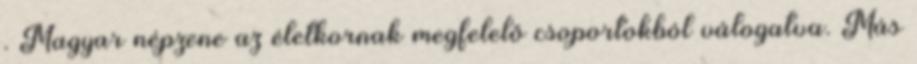
. Magyar népzene az életkornak megfelelő csoportokból válogatva. Más